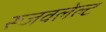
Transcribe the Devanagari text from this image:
रूजवलेल्ट